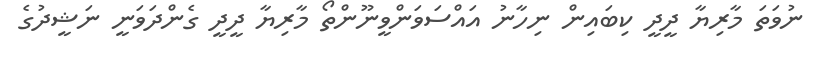
ނުވަތަ މާރިޔާ ދީދީ ކިބައިން ނިހާނު އައްސަވަންވީނޫންތޯ މާރިޔާ ދީދީ ގެންދަވަނީ ނަޝީދުގެ